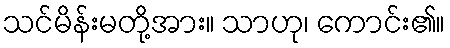
သင်မိန်းမတို့အား။ သာဟု၊ ကောင်း၏။